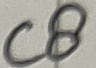
Text: C8